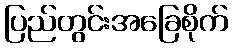
ပြည်တွင်းအခြေစိုက်